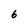
Character: 6